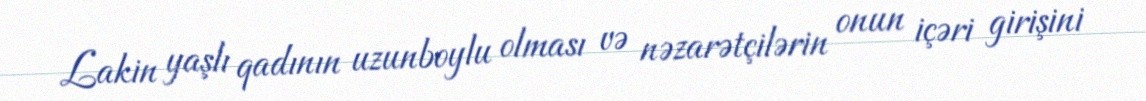
Lakin yaşlı qadının uzunboylu olması və nəzarətçilərin onun içəri girişini